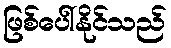
ဖြစ်ပေါ်နိုင်သည်